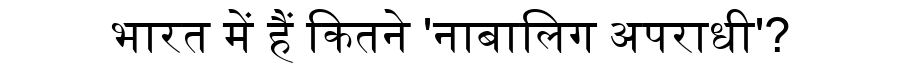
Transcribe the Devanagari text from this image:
भारत में हैं कितने 'नाबालिग अपराधी'?